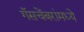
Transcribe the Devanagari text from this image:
गॅसचेंबरांमध्ये